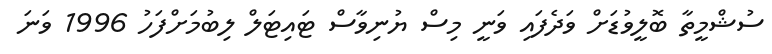
ސުޝްމީތާ ބޮލީވުޑަށް ވަދެފައި ވަނީ މިސް ޔުނިވާސް ޓައިޓަލް ލިބުމަށްފަހު 1996 ވަނަ